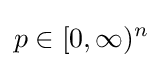
p\in [0,\infty )^{n}